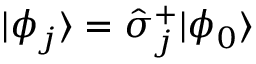
| \phi _ { j } \rangle = \hat { \sigma } _ { j } ^ { + } | \phi _ { 0 } \rangle